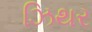
ઝિથર